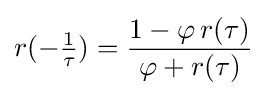
r(-{\tfrac {1}{\tau }})={\frac {1-\varphi \,r(\tau )}{\varphi +r(\tau )}}